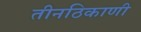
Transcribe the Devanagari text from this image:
तीनठिकाणी